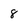
Character: 8